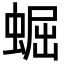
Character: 𧌑